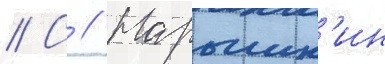
// С // Нарышк'ин